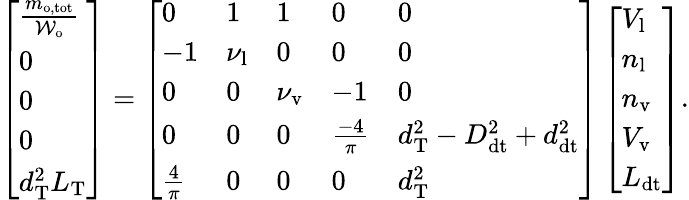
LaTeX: \left[\begin{array}{l}{\frac{m_{\mathrm{o,tot}}}{\mathcal{W}_{\mathrm{o}}}}\\ {0}\\ {0}\\ {0}\\ {d_{\mathrm{T}}^{2}L_{\mathrm{T}}}\end{array}\right]=\left[\begin{array}{lllll}{0}&{1}&{1}&{0}&{0}\\ {-1}&{\nu_{\mathrm{l}}}&{0}&{0}&{0}\\ {0}&{0}&{\nu_{\mathrm{v}}}&{-1}&{0}\\ {0}&{0}&{0}&{\frac{-4}{\pi}}&{d_{\mathrm{T}}^{2}-D_{\mathrm{dt}}^{2}+d_{\mathrm{dt}}^{2}}\\ {\frac{4}{\pi}}&{0}&{0}&{0}&{d_{\mathrm{T}}^{2}}\end{array}\right]\left[\begin{array}{l}{V_{\mathrm{l}}}\\ {n_{\mathrm{l}}}\\ {n_{\mathrm{v}}}\\ {V_{\mathrm{v}}}\\ {L_{\mathrm{dt}}}\end{array}\right].